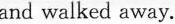
and walked away.